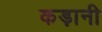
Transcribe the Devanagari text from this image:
कड़ानी